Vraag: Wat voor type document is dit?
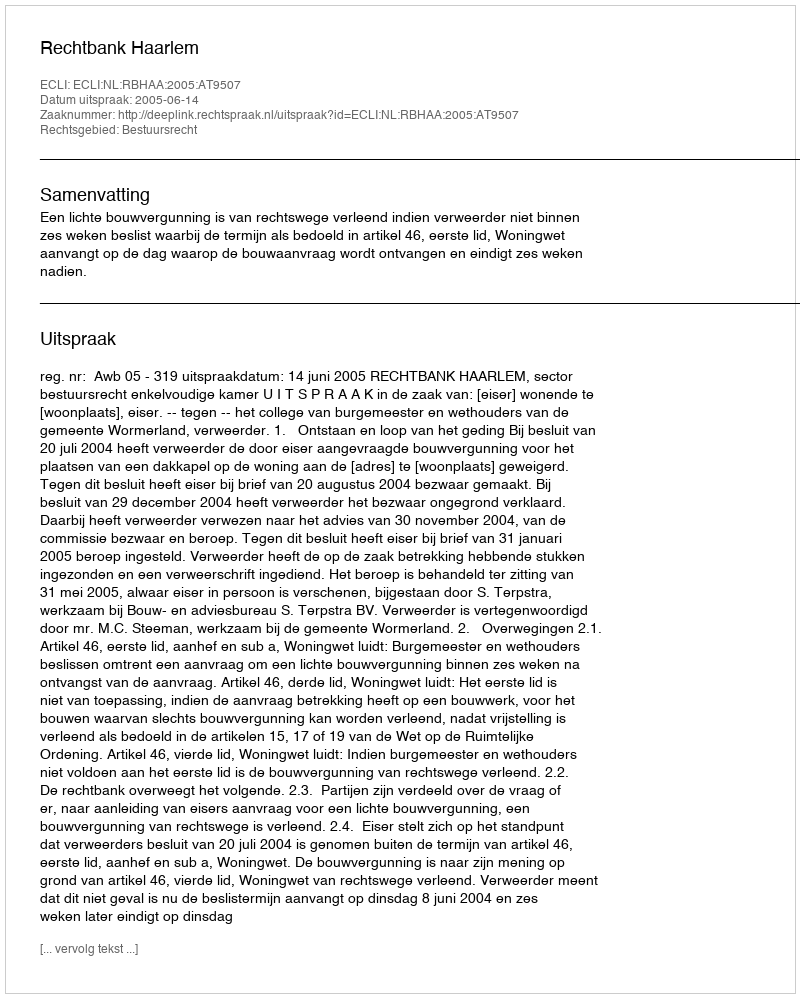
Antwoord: Uitspraak